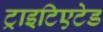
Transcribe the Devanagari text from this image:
ट्राइटिएटेड